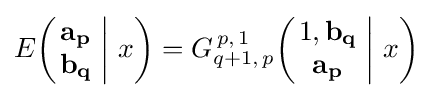
E\!\left(\left.{\begin{matrix}\mathbf {a_{p}} \\\mathbf {b_{q}} \end{matrix}}\;\right|\,x\right)=G_{q+1,\,p}^{\,p,\,1}\!\left(\left.{\begin{matrix}1,\mathbf {b_{q}} \\\mathbf {a_{p}} \end{matrix}}\;\right|\,x\right)